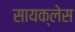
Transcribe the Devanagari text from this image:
सायक्लेस